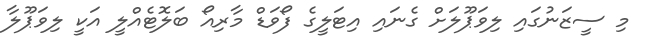
މި ސީޒަނުގައި ލިވަޕޫލަށް ގެނައި އިޓަލީގެ ފޯވަޑް މާރިއޯ ބަލޮޓެއްލީ އަކީ ލިވަޕޫލާ